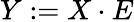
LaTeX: Y:=X\cdot E